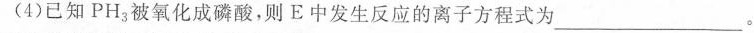
(4)已知PH_{3}被氧化成磷酸，则E中发生反应的离子方程式为___。